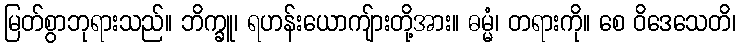
မြတ်စွာဘုရားသည်။ ဘိက္ခူ၊ ရဟန်းယောကျ်ားတို့အား။ ဓမ္မံ၊ တရားကို။ စေ ဝိဒေသေတိ၊